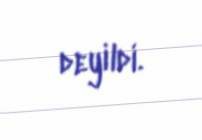
deyildi.